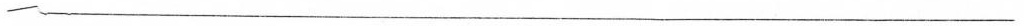
___